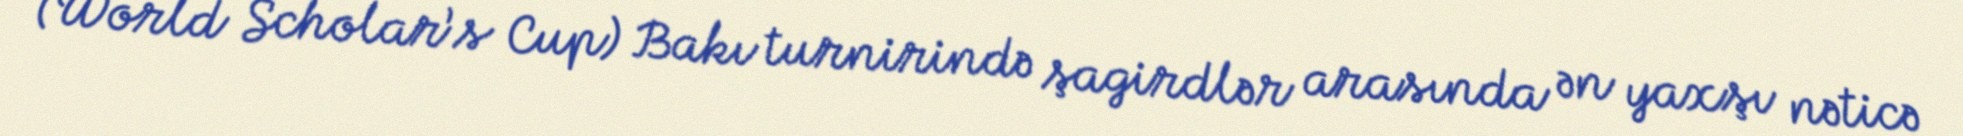
(World Scholar’s Cup) Bakı turnirində şagirdlər arasında ən yaxşı nəticə